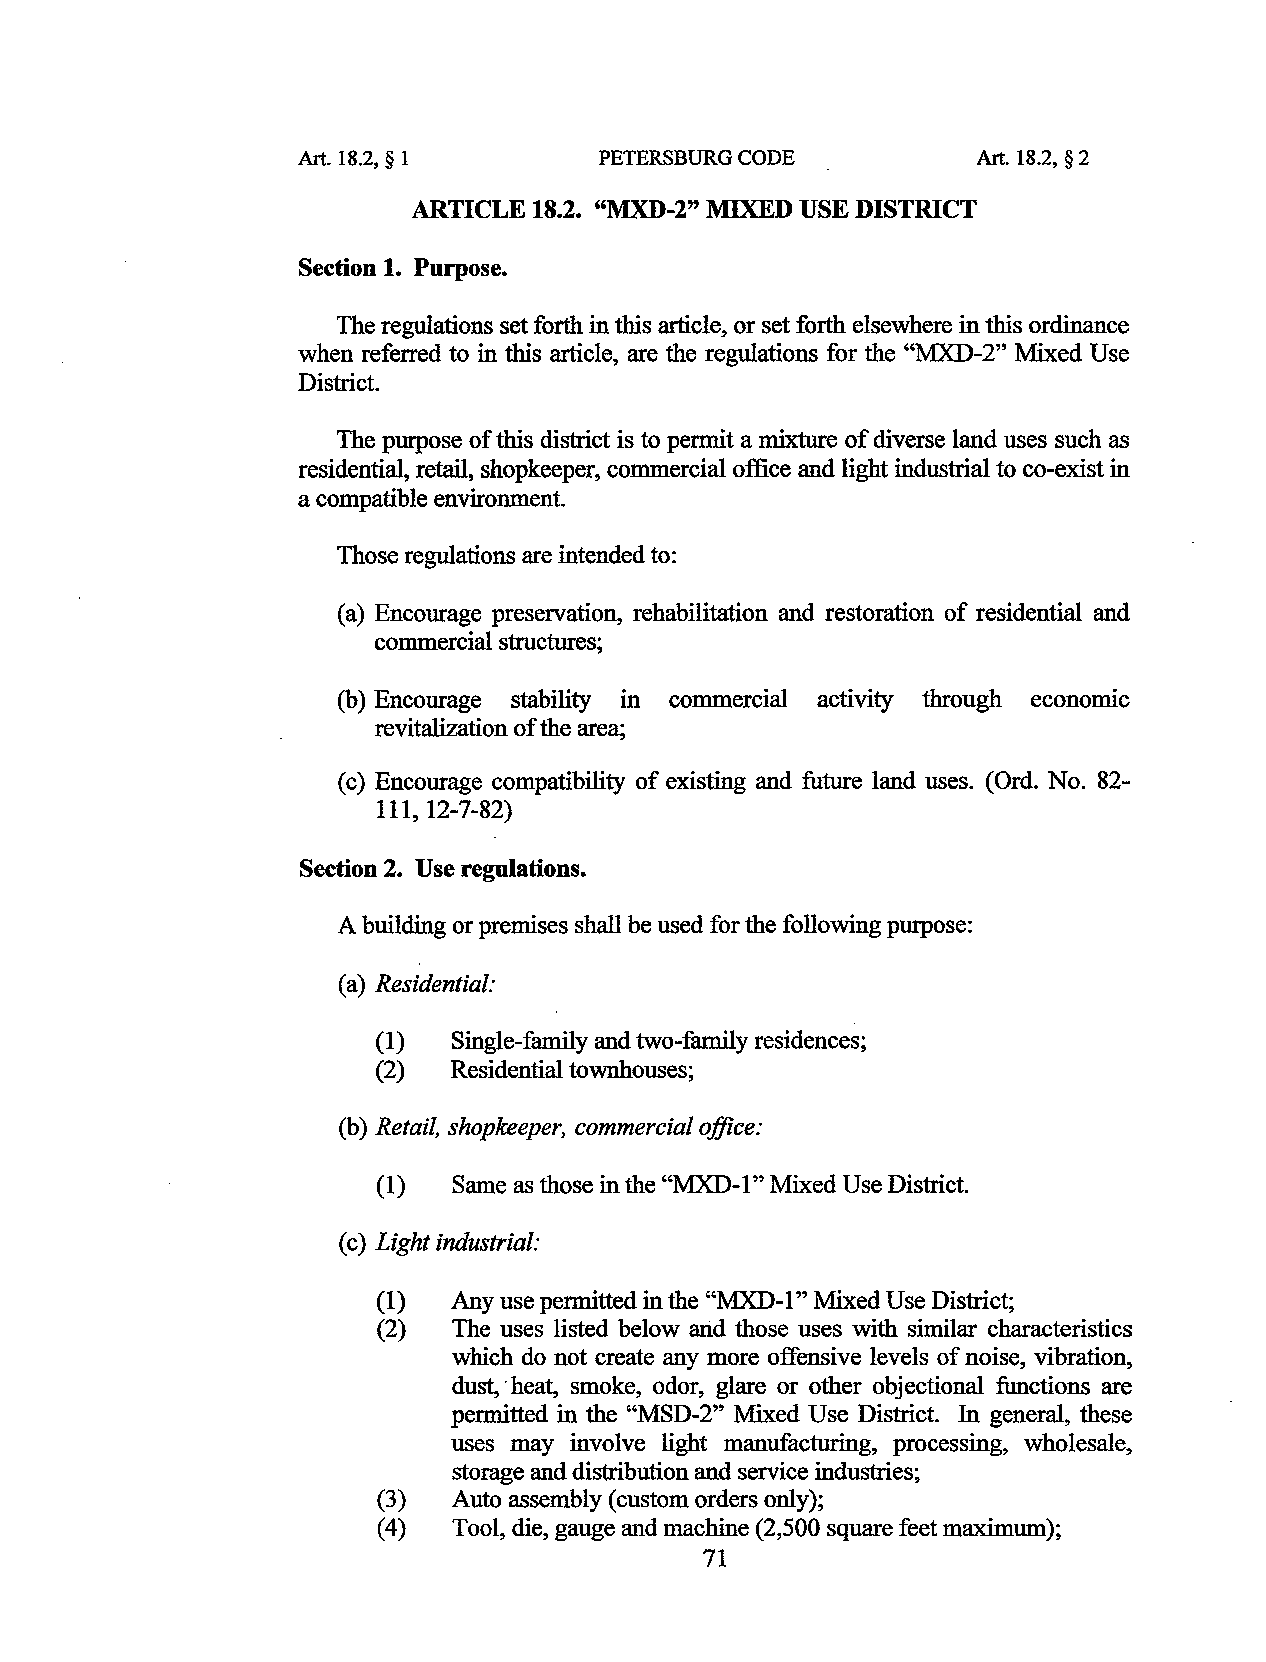
Art. 18.2, § 1      PE1ERSBURG CODE          Art. 18.2, § 2
 ARTICLE 18.2. "MXD-2" MIXED USE DISTRICT
 Section 1. Purpose.
 The regulations set forth in this article, or set forth elsewhere in this ordinance
 when referred to in this article, are the regulations for the "MXD-2" Mixed Use
 District.
 The purpose of this district is to permit a mixture of diverse land uses such as
 residential, retail, shopkeeper, commercial office and light industrial to co-exist in
 a compatible environment.
 Those regulations are intended to:
 (a) Encourage preservation, rehabilitation and restoration of residential and
 commercial structures;
 (b) Encourage stability in commercial activity through economic
 revitalization of the area;
 (c) Encourage compatibility of existing and future land uses. (Ord. No. 82-
 111, 12-7-82)
 Section 2. Use regulations.
 A building or premises shall be used for the following purpose:
 (a) Residential:
 (1)  Single-family and two-family residences;
 (2)  Residential townhouses;
 (b) Retail, shopkeeper, commercial office:
 (1)  Same as those in the "MXD-1" Mixed Use District.
 (c) Light industrial:
 (1)  Any use permitted in the "MXD-1" Mixed Use District;
 (2)  The uses listed below arid those uses with similar characteristics
 which do not create any more offensive levels of noise, vibration,
 dust, ·heat, smoke, odor, glare or other objectional functions are
 permitted in the "MSD-2" Mixed Use District. In general, these
 uses may involve light manufacturing, processing, wholesale,
 storage and distribution and service industries;
 (3)  Auto assembly (custom orders only);
 (4 ) Tool, die, gauge and machine (2,500 square feet maximum);
 71